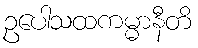
ဥပေါသထကမ္မာနီတိ